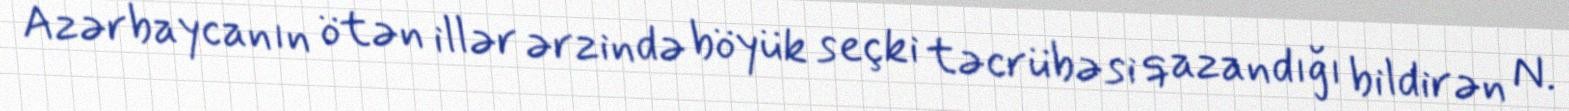
Azərbaycanın ötən illər ərzində böyük seçki təcrübəsi qazandığı bildirən N.